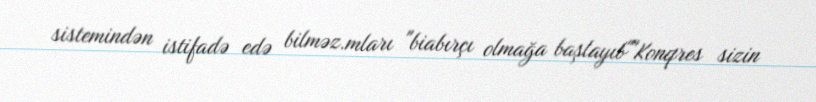
sistemindən istifadə edə bilməz.mları "biabırçı olmağa başlayıb""Konqres sizin